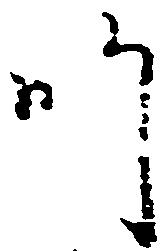
師